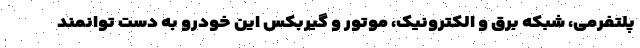
پلتفرمی، شبکه برق و الکترونیک، موتور و گیربکس این خودرو به دست توانمند